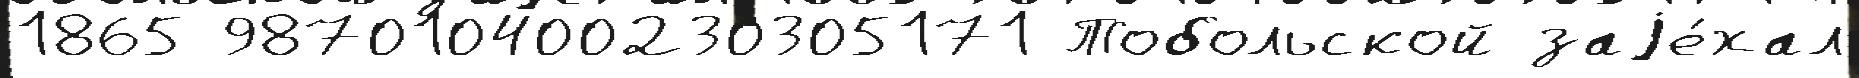
1865 987010400230305171 Тобольской заjе́хал